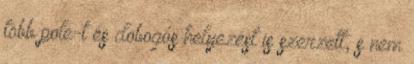
több pole-t és dobogós helyezést is szerzett, s nem